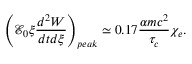
\left( \mathcal { E } _ { 0 } \xi \frac { d ^ { 2 } W } { d t d \xi } \right) _ { p e a k } \simeq 0 . 1 7 \frac { \alpha m c ^ { 2 } } { \tau _ { c } } \chi _ { e } .